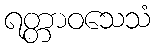
ရတ္တာဝသေသံ